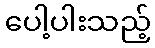
ပေါ့ပါးသည့်